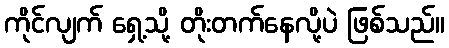
ကိုင်လျက် ရှေ့သို့ တိုးတက်နေလို့ပဲ ဖြစ်သည်။